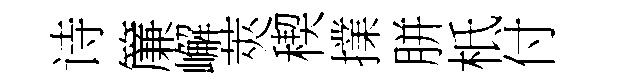
诗簾嶰莢稧擈胼柢付